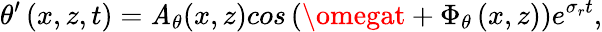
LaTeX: \theta^{\prime}\left(x,z,t\right)=\mathit{A}_{\theta}(x,z)cos\left(\omegat+\Phi_{\theta}\left(x,z\right)\right)e^{\sigma_{r}t},